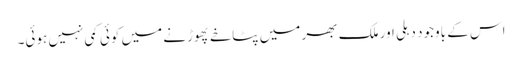
اس کے باوجود دہلی اور ملک بھر میں پٹاخے پھوڑنے میں کوئی کمی نہیں ہوئی۔